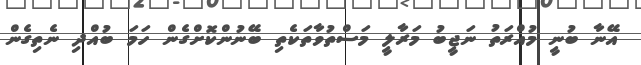
އޭނާ ބުނީ މުއްރަތު ނަޖީބު މަރާލީ މަސްތުވާތަކެތި ބޭނުންކޮށްގެން ހަމަ ބުއްދި ނެތިގެން